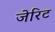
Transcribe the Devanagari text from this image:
जेरिट